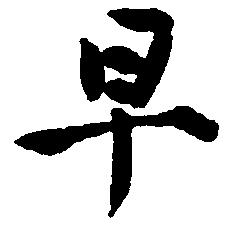
早